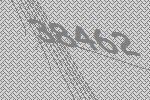
38462